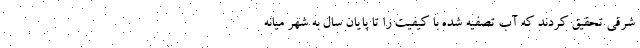
شرقی تحقیق کردند که آب تصفیه شده با کیفیت را تا پایان سال به شهر میانه